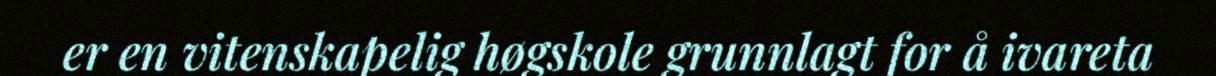
er en vitenskapelig høgskole grunnlagt for å ivareta